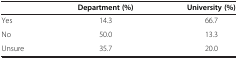
|  | Department (%) | University (%) |
 | --- | --- | --- |
 | Yes | 14.3 | 66.7 |
 | No | 50.0 | 13.3 |
 | Unsure | 35.7 | 20.0 |